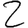
Digit: 2